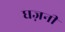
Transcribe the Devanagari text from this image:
घज़नी